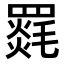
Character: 𮊛